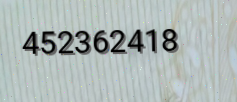
452362418